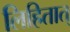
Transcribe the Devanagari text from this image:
लिहितात्